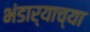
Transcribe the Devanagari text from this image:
भंडार्‍याच्या